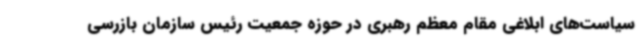
سیاست‌های ابلاغی مقام معظم رهبری در حوزه جمعیت رئیس سازمان بازرسی